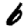
Digit: 6